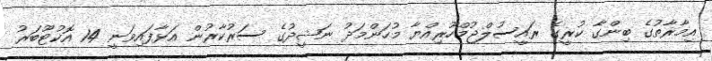
އިމާރާތުގެ ބިންގާ ކުރީގެ ރައީސުލްޖުމްހޫރިއްޔާ މުހަންމަދު ނަޝީދުގެ ސަރުކާރުން އަޅާފައިވަނީ 14 އޮކުޓޫބަރު